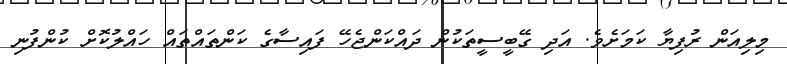
މިލިއަން ރުފިޔާ ކަމަށެވެ. އަދި ގޭބީސީތަކުން ދައްކަންޖެހޭ ފައިސާގެ ކަންތައްތައް ހައްލުކޮށް ކުންފުނި